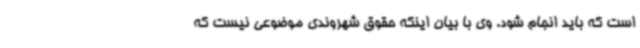
است که باید انجام شود. وی با بیان اینکه حقوق شهروندی موضوعی نیست که